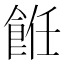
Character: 餁